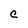
Character: C